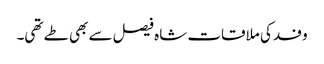
وفد کی ملاقات شاہ فیصل سے بھی طے تھی۔